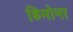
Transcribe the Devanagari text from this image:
डिमोना